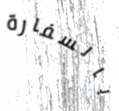
بالسفارة